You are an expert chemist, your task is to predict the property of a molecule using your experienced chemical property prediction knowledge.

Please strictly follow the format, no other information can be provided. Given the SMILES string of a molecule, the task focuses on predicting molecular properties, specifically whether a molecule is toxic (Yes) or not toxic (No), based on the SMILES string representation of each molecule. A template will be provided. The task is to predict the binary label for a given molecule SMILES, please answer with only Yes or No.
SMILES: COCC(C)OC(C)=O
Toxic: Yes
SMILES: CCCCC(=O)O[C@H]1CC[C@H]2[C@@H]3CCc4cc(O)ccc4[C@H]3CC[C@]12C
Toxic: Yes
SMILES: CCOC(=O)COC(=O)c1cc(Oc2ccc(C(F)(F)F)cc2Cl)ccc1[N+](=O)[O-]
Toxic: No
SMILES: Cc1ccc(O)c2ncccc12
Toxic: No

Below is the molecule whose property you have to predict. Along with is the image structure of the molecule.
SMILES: CCCCCCC
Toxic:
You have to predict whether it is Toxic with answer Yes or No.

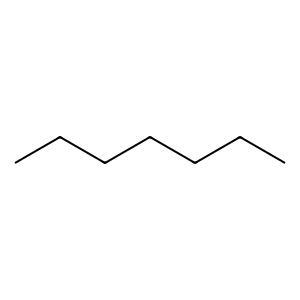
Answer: Yes